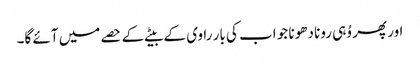
اور پھر وُہی رونا دھونا جو اب کی بار راوی کے بیٹے کے حصے میں آئے گا۔